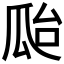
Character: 𤫳